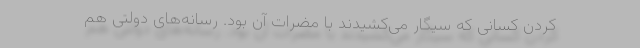
کردن کسانی که سیگار می‌کشیدند با مضرات آن بود. رسانه‌های دولتی هم